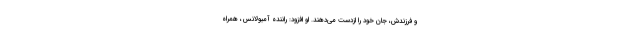
و فرزندش، جان خود را ازدست می‌دهند. او افزود: راننده آمبولانس، همراه